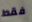
فقط